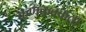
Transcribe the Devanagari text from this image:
कणकवकता